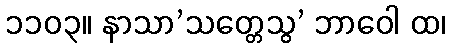
၁၁၀၃။ နာသာ’သတ္တေသွ’ ဘာဝေါ ထ၊